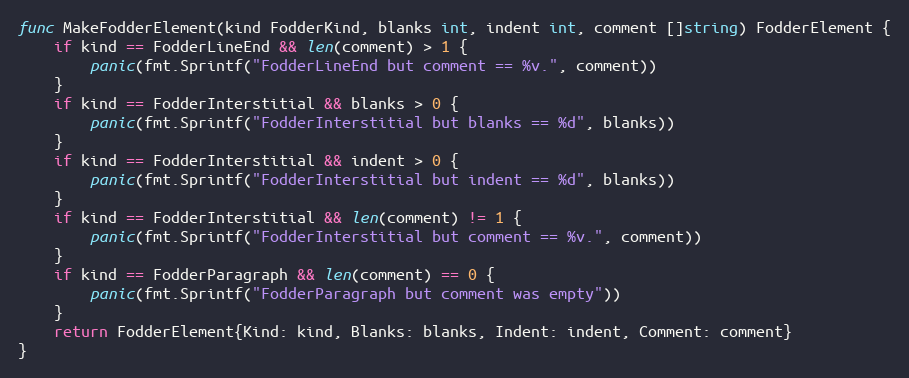
Language: Go
func MakeFodderElement(kind FodderKind, blanks int, indent int, comment []string) FodderElement {
	if kind == FodderLineEnd && len(comment) > 1 {
		panic(fmt.Sprintf("FodderLineEnd but comment == %v.", comment))
	}
	if kind == FodderInterstitial && blanks > 0 {
		panic(fmt.Sprintf("FodderInterstitial but blanks == %d", blanks))
	}
	if kind == FodderInterstitial && indent > 0 {
		panic(fmt.Sprintf("FodderInterstitial but indent == %d", blanks))
	}
	if kind == FodderInterstitial && len(comment) != 1 {
		panic(fmt.Sprintf("FodderInterstitial but comment == %v.", comment))
	}
	if kind == FodderParagraph && len(comment) == 0 {
		panic(fmt.Sprintf("FodderParagraph but comment was empty"))
	}
	return FodderElement{Kind: kind, Blanks: blanks, Indent: indent, Comment: comment}
}